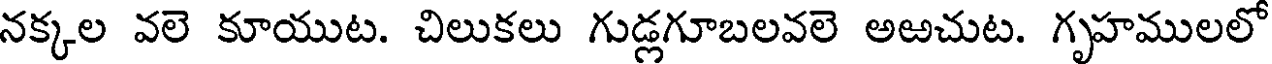
నక్కల వలె కూయుట. చిలుకలు గుడ్లగూబలవలె అఱచుట. గృహములలో